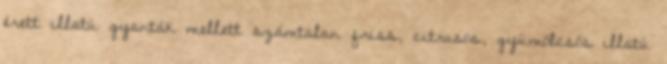
érett illatú gyanták mellett számtalan friss, citrusos, gyümölcsös illatú